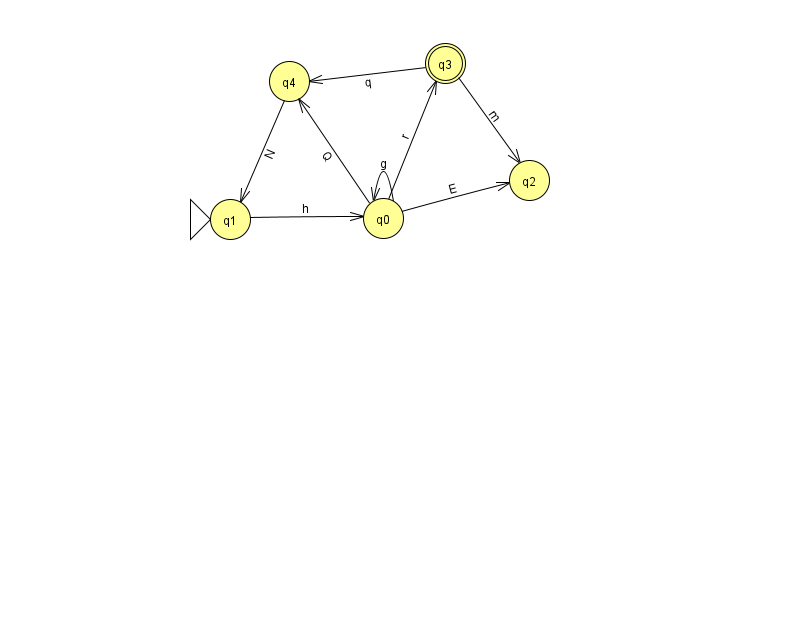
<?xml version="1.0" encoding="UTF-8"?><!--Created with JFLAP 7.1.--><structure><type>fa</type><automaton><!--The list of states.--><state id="0" name="q0"><x>383.0</x><y>205.0</y></state><state id="1" name="q1"><x>230.0</x><y>206.0</y><initial/></state><state id="2" name="q2"><x>529.0</x><y>167.0</y></state><state id="3" name="q3"><x>445.0</x><y>50.0</y><final/></state><state id="4" name="q4"><x>289.0</x><y>68.0</y></state><!--The list of transitions.--><transition><from>0</from><to>3</to><read>r</read></transition><transition><from>3</from><to>2</to><read>m</read></transition><transition><from>4</from><to>1</to><read>N</read></transition><transition><from>0</from><to>0</to><read>g</read></transition><transition><from>1</from><to>0</to><read>h</read></transition><transition><from>0</from><to>4</to><read>Q</read></transition><transition><from>3</from><to>4</to><read>q</read></transition><transition><from>0</from><to>2</to><read>E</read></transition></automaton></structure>